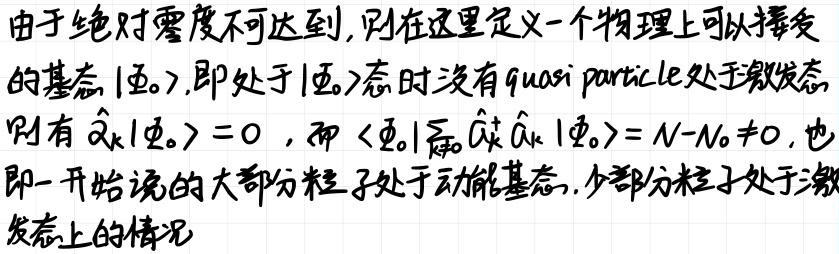
由于绝对零度不可达到,则在这里定义一个物理上可以接受的基态\(|\varPhi_{0}\rangle\),即处于\(|\varPhi_{0}\rangle\)态时没有quasi particle处于激发态,则有\(\hat{\alpha}_{k}|\varPhi_{0}\rangle = 0\) , 而\(\langle\varPhi_{0}|\sum_{k}\hat{\alpha}_{k}^{+}\hat{\alpha}_{k}|\varPhi_{0}\rangle=N - N_{0}\neq0\),也即一开始说的大部分粒子处于动能基态,少部分粒子处于激发态上的情况